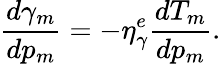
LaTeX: \frac{d\gamma_{m}}{dp_{m}}=-\eta_{\gamma}^{e}\frac{dT_{m}}{dp_{m}}.